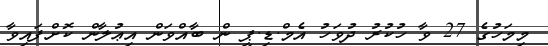
މިމަހުގެ 27 ވާ ހުކުރު ދުވަހު އެމް.ޑި.ޕީ ން ބާއްވަން އިޢުލާން ކޮށްފައިވާ